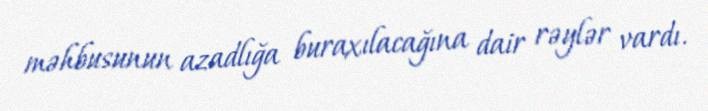
məhbusunun azadlığa buraxılacağına dair rəylər vardı.